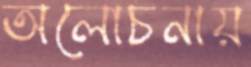
অলোচনায়